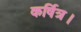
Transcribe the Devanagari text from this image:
कर्षित्र।